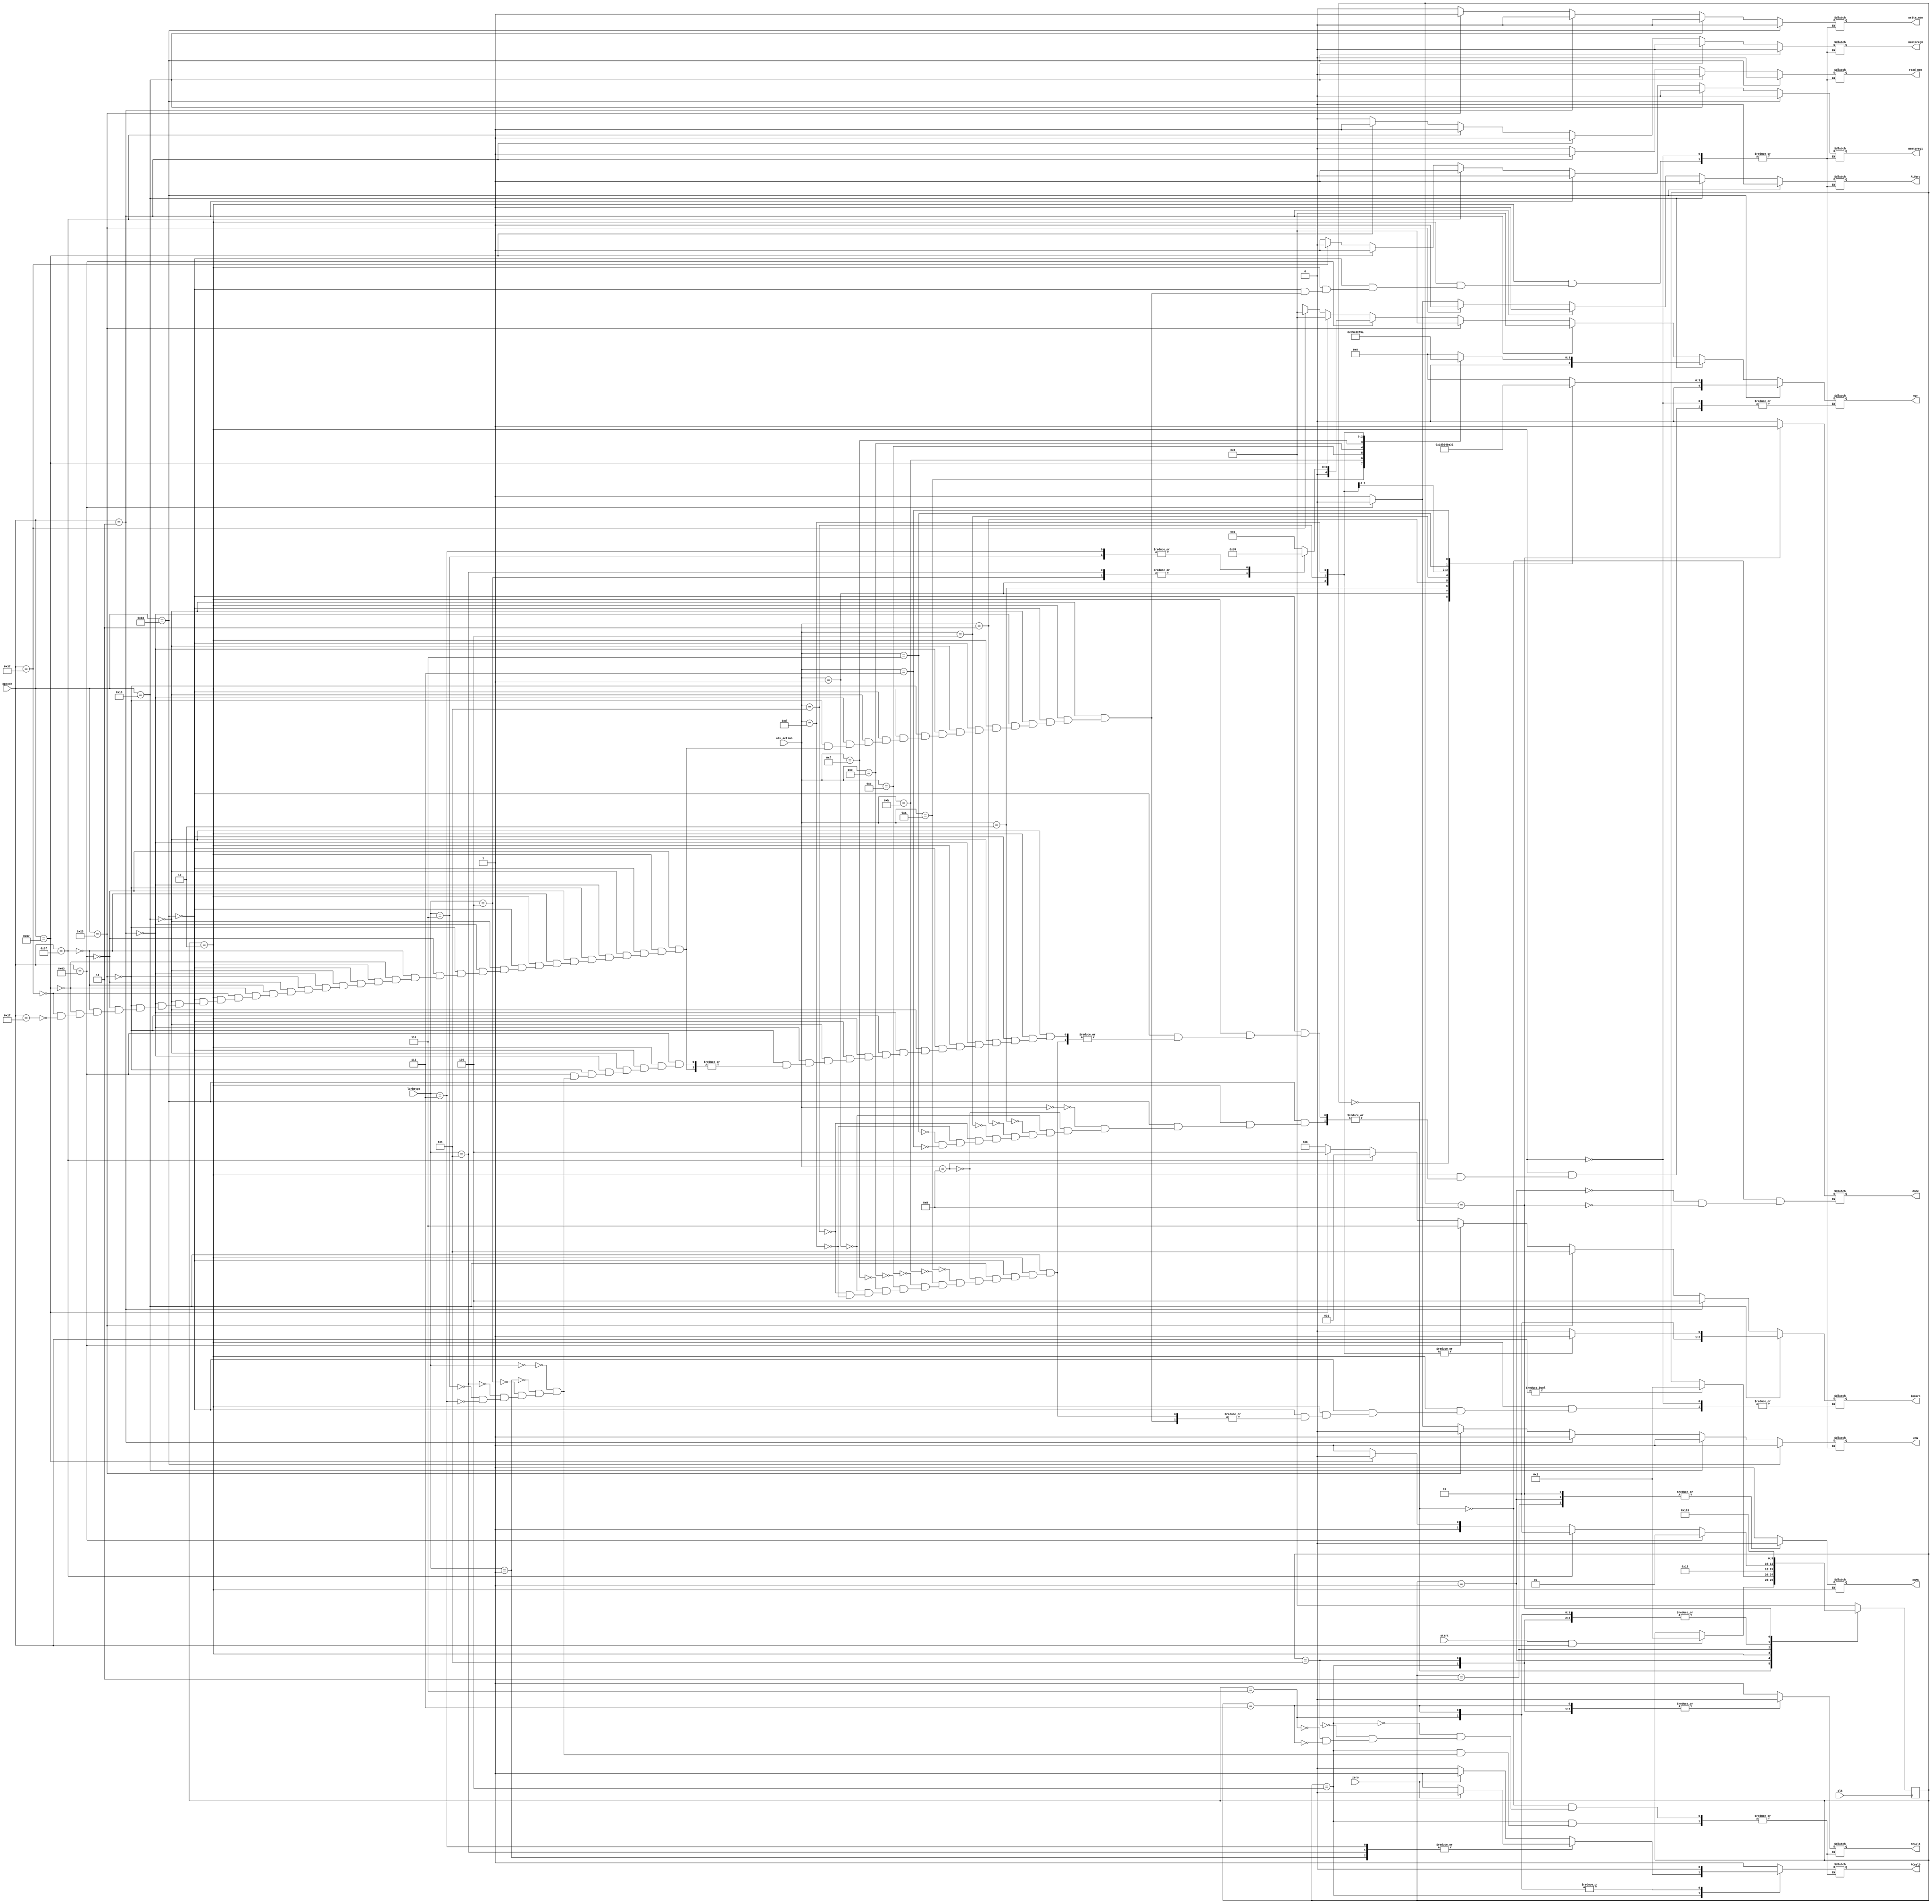
module controller (PCsel1,PCsel0,ALUsrc,enPC,done,opr,immsrc,memtoreg1,memtoreg0,read_mem,write_mem,enW,lorbtype,alu_action,opcode,start,clk,zero);
  input clk,start,zero;
  input [6:0] opcode;
  input [2:0] lorbtype;
  input [3:0] alu_action;
  output reg PCsel1,PCsel0,enPC,done;
  output reg [4:0] opr;
  output reg [2:0] immsrc;
  output reg ALUsrc,memtoreg1,memtoreg0,read_mem,write_mem,enW;
  reg [4:0] state=5'dx;
  parameter rtype=7'b0110011, ijalrtype=7'b1100111, itype=7'b0010011, imemtype=7'b0000011, stype=7'b0100011, ultype=7'b0110111, uatype=7'b0010111, jtype=7'b1101111, btype=7'b1100011;
  parameter S0=5'd0, S1=5'd1, S2=5'd2, S3=5'd3, S4=5'd4, S5=5'd5, S6=5'd6, S7=5'd7, S8=5'd8, S9=5'd9, S10=5'd10;
  always @ ( posedge clk ) begin
    case (state)
      S0: if(start&&opcode) state=S2;
      S1: if(opcode) state=S2;
      S2: state=S3;
      S3: if (opcode==btype) begin state=S4; end
          else if(opcode==jtype) state=S5;
          else if(opcode==ijalrtype) state=S6;
          else state=S7;
      S4: state=S8;
      S5: state=S8;
      S6: state=S8;
      S7: state=S8;
      S8: state=S1;
      default: state=S0;
    endcase
  end
  always @ ( state ) begin
    case (state)
      S0: begin enPC=1'b1; PCsel1=1'b1; PCsel0=1'b1; done=1'b0; end //initial setup
      S1: begin enPC=1'b0; done=1'b0; end //pc on common step
      S2: begin
            if(opcode==rtype)
            begin
              immsrc=3'dx;
              ALUsrc=1'b0;
              enW=1'b1;
              memtoreg1=1'b0; memtoreg0=1'b0;
              read_mem=1'b0;
              write_mem=1'b0;
              case (alu_action)
                4'b0000: opr=5'd0;
                4'b1000: opr=5'd1;
                4'b0001: opr=5'd8;
                4'b0010: opr=5'd11;
                4'b0011: opr=5'd5;
                4'b0100: opr=5'd4;
                4'b0101: opr=5'd9;
                4'b1101: opr=5'd10;
                4'b0110: opr=5'd3;
                4'b0111: opr=5'd2;
              endcase
            end
            else if(opcode==itype) begin
              ALUsrc=1'b1;
              enW=1'b1;
              memtoreg1=1'b0; memtoreg0=1'b0;
              read_mem=1'b0;
              write_mem=1'b0;
              case (alu_action)
                4'b0000|4'b1000: begin immsrc=3'd2; opr=5'd0; end
                4'b0010|4'b1010: begin immsrc=3'd2; opr=5'd11; end
                4'b0011|4'b1011: begin immsrc=3'd2; opr=5'd5; end
                4'b0100|4'b1100: begin immsrc=3'd2; opr=5'd4; end
                4'b0110|4'b1110: begin immsrc=3'd2; opr=5'd3; end
                4'b0111|4'b1111: begin immsrc=3'd2; opr=5'd2; end
                4'b0001: begin immsrc=3'd3; opr=5'd8; end //slli
                4'b0101: begin immsrc=3'd3; opr=5'd9; end //srli
                4'b1101: begin immsrc=3'd3; opr=5'd10; end //srai
              endcase
            end
            else if(opcode==imemtype) begin
              immsrc=3'd4;
              ALUsrc=1'b1;
              read_mem=1'b1;
              write_mem=1'b0;
              opr=5'd0;
              enW=1'b1;
              memtoreg1=1'b0; memtoreg0=1'b1;
            end
            else if(opcode==stype) begin
              immsrc=3'd5;
              ALUsrc=1'b1;
              enW=1'b0;
              opr=5'd0;
              read_mem=1'b0;
              write_mem=1'b1;
              memtoreg1=1'bx; memtoreg0=1'bx;
            end
            else if(opcode==btype) begin
              immsrc=3'd6;
              ALUsrc=1'b0;
              enW=1'b0;
              read_mem=1'b0;
              write_mem=1'b0;
              memtoreg1=1'bx; memtoreg0=1'bx;
              case (lorbtype)
                3'd0: opr=5'd1;
                3'd1: opr=5'd1;
                3'd4: opr=5'd11;
                3'd5: opr=5'd11;
                3'd6: opr=5'd5;
                3'd7: opr=5'd5;
              endcase
            end
            else if(opcode==jtype) begin
              immsrc=3'd1;
              ALUsrc=1'b1;
              enW=1'b1;
              memtoreg1=1'b1; memtoreg0=1'b1;
              read_mem=1'b0;
              write_mem=1'b0;
              opr=5'dx;
            end
            else if(opcode==ijalrtype) begin
              immsrc=3'd4;
              ALUsrc=1'b1;
              read_mem=1'b0;
              write_mem=1'b0;
              enW=1'b1;
              opr=5'd0;
              memtoreg1=1'b1; memtoreg0=1'b1;
            end
            else if(opcode==ultype) begin
              immsrc=3'd0;
              ALUsrc=1'b1;
              enW=1'b1;
              read_mem=1'b0;
              write_mem=1'b0;
              memtoreg1=1'b0; memtoreg0=1'b0;
              opr=5'd0;
            end
            else if(opcode==uatype) begin
              immsrc=3'd0;
              ALUsrc=1'b1;
              enW=1'b1;
              read_mem=1'b0;
              write_mem=1'b0;
              opr=5'dx;
              memtoreg1=1'b1; memtoreg0=1'b0;
            end
          end

      S3: begin enPC=1'b0; end
      S4: begin enPC=1'b1;
          case (lorbtype)
            3'd0: begin if(zero) begin PCsel1=1'b0; PCsel0=1'b1; end
                        else begin PCsel1=1'b0; PCsel0=1'b0; end
                  end
            3'd1: begin if(!zero) begin PCsel1=1'b0; PCsel0=1'b1; end
                        else begin PCsel1=1'b0; PCsel0=1'b0; end
                  end
            3'd4: begin if(zero) begin PCsel1=1'b0; PCsel0=1'b1; end
                        else begin PCsel1=1'b0; PCsel0=1'b0; end
                  end
            3'd5: begin if(!zero) begin PCsel1=1'b0; PCsel0=1'b1; end
                        else begin PCsel1=1'b0; PCsel0=1'b0; end
                  end
            3'd6: begin if(zero) begin PCsel1=1'b0; PCsel0=1'b1; end
                        else begin PCsel1=1'b0; PCsel0=1'b0; end
                  end
            3'd7: begin if(!zero) begin PCsel1=1'b0; PCsel0=1'b1; end
                        else begin PCsel1=1'b0; PCsel0=1'b0; end
                  end
          endcase
          end
      S5: begin enPC=1'b1; PCsel1=1'b0; PCsel0=1'b1; end
      S6: begin enPC=1'b1; PCsel1=1'b1; PCsel0=1'b0; end
      S7: begin enPC=1'b1; PCsel1=1'b0; PCsel0=1'b0; end
      S8: begin enPC=1'b0; done=1'b1; end
      default: begin enPC=1'bx; end
    endcase
  end
endmodule